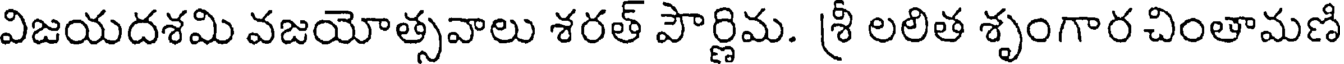
విజయదశమి వజయోత్సవాలు శరత్ పౌర్ణిమ. శ్రీ లలిత శృంగార చింతామణి